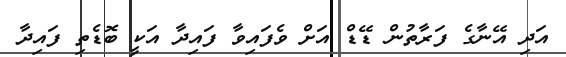
އަދި އޭނާގެ ފަރާތުން ޑޭޑް އަށް ވެފައިވާ ފައިދާ އަކީ ބޮޑެތި ފައިދާ